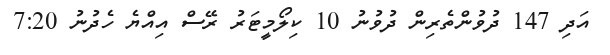
އަދި 147 ދުވުންތެރިން ދުވުނު 10 ކިލޯމީޓަރު ރޭސް އިއްޔެ ހެދުނު 7:20